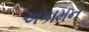
અકામન